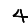
Digit: 4